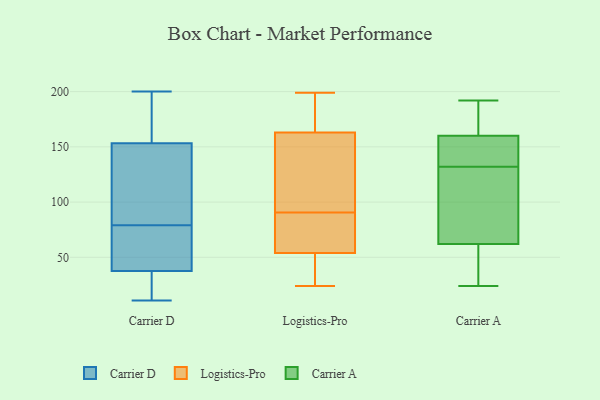
{"axis": {"x": "Humidity (%)", "y": "Value"}, "legend": ["Carrier A", "Carrier D", "Logistics-Pro"], "data": [{"x": "", "y": 30, "type": "Carrier D"}, {"x": "", "y": 79, "type": "Carrier D"}, {"x": "", "y": 11, "type": "Carrier D"}, {"x": "", "y": 52, "type": "Carrier D"}, {"x": "", "y": 193, "type": "Carrier D"}, {"x": "", "y": 142, "type": "Carrier D"}, {"x": "", "y": 157, "type": "Carrier D"}, {"x": "", "y": 193, "type": "Carrier D"}, {"x": "", "y": 34, "type": "Carrier D"}, {"x": "", "y": 128, "type": "Carrier D"}, {"x": "", "y": 200, "type": "Carrier D"}, {"x": "", "y": 98, "type": "Carrier D"}, {"x": "", "y": 48, "type": "Carrier D"}, {"x": "", "y": 75, "type": "Carrier D"}, {"x": "", "y": 28, "type": "Carrier D"}, {"x": "", "y": 30, "type": "Logistics-Pro"}, {"x": "", "y": 174, "type": "Logistics-Pro"}, {"x": "", "y": 43, "type": "Logistics-Pro"}, {"x": "", "y": 153, "type": "Logistics-Pro"}, {"x": "", "y": 168, "type": "Logistics-Pro"}, {"x": "", "y": 170, "type": "Logistics-Pro"}, {"x": "", "y": 29, "type": "Logistics-Pro"}, {"x": "", "y": 139, "type": "Logistics-Pro"}, {"x": "", "y": 158, "type": "Logistics-Pro"}, {"x": "", "y": 88, "type": "Logistics-Pro"}, {"x": "", "y": 108, "type": "Logistics-Pro"}, {"x": "", "y": 91, "type": "Logistics-Pro"}, {"x": "", "y": 29, "type": "Logistics-Pro"}, {"x": "", "y": 24, "type": "Logistics-Pro"}, {"x": "", "y": 87, "type": "Logistics-Pro"}, {"x": "", "y": 199, "type": "Logistics-Pro"}, {"x": "", "y": 192, "type": "Logistics-Pro"}, {"x": "", "y": 65, "type": "Logistics-Pro"}, {"x": "", "y": 90, "type": "Logistics-Pro"}, {"x": "", "y": 77, "type": "Logistics-Pro"}, {"x": "", "y": 146, "type": "Carrier A"}, {"x": "", "y": 123, "type": "Carrier A"}, {"x": "", "y": 160, "type": "Carrier A"}, {"x": "", "y": 192, "type": "Carrier A"}, {"x": "", "y": 62, "type": "Carrier A"}, {"x": "", "y": 35, "type": "Carrier A"}, {"x": "", "y": 98, "type": "Carrier A"}, {"x": "", "y": 145, "type": "Carrier A"}, {"x": "", "y": 124, "type": "Carrier A"}, {"x": "", "y": 140, "type": "Carrier A"}, {"x": "", "y": 24, "type": "Carrier A"}, {"x": "", "y": 184, "type": "Carrier A"}, {"x": "", "y": 54, "type": "Carrier A"}, {"x": "", "y": 168, "type": "Carrier A"}]}